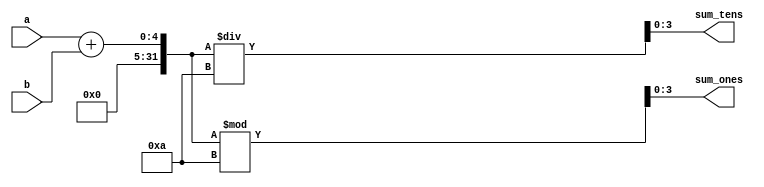

module Adder(a,b,sum_ones,sum_tens);
input [3:0] a,b;
output reg [3:0] sum_ones,sum_tens;
// reg [4:0] sum;
always@(a,b)
 begin
  //   sum=a+b;
sum_ones= ((a+b) % 10);
sum_tens = ((a+b) / 10);
 end
endmodule